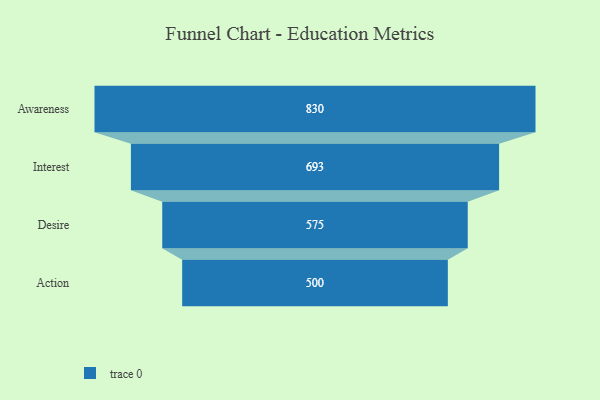
{"axis": {"x": "Stage", "y": "Value"}, "legend": [""], "data": [{"x": "Awareness", "y": 830.0, "type": ""}, {"x": "Interest", "y": 693.0, "type": ""}, {"x": "Desire", "y": 575.0, "type": ""}, {"x": "Action", "y": 500, "type": ""}]}